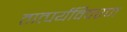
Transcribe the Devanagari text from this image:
तात्पर्यविवरण